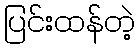
ပြင်းထန်တဲ့